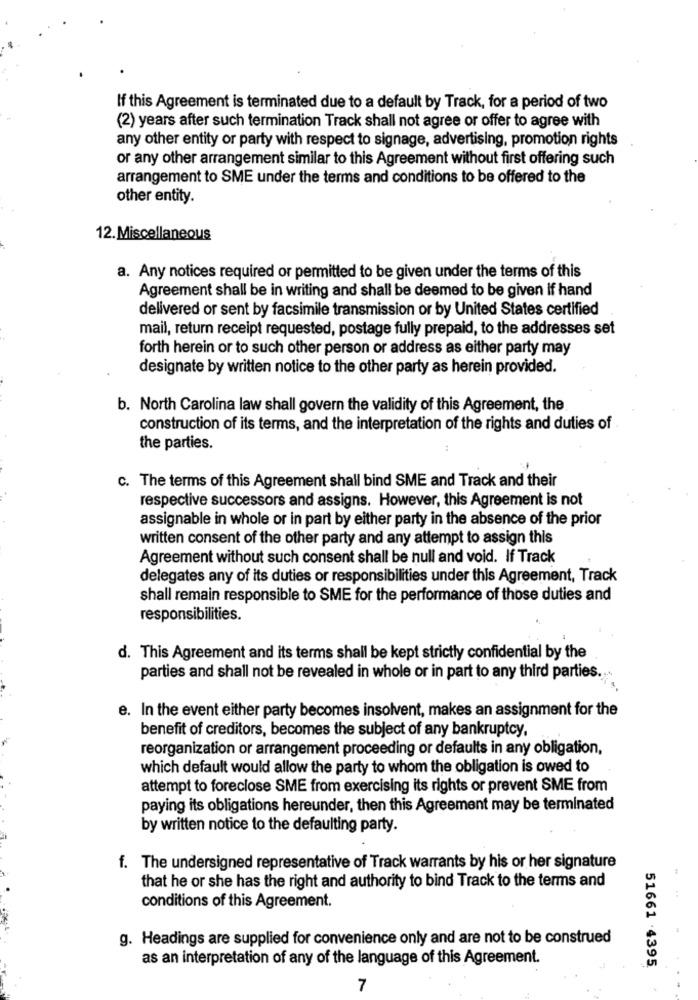
If this Agreement is terminated due to a default by Track, for a period of two
(2) years after such termination Track shall not agree or offer to agree with
any other entity or party with respect to signage, advertising, promotion rights
or any other arrangement similar to this Agreement without first offering such
arrangement to SME under the terms and conditions to be offered to the
other entity.
12. Miscellaneous
a. Any notices required or permitted to be given under the terms of this
Agreement shall be in writing and shall be deemed to be given if hand
delivered or sent by facsimile transmission or by United States certified
mail, return receipt requested, postage fully prepaid, to the addresses set
forth herein or to such other person or address as either party may
designate by written notice to the other party as herein provided.
b. North Carolina law shall govern the validity of this Agreement, the
construction of its terms, and the interpretation of the rights and duties of
the parties.
c. The terms of this Agreement shall bind SME and Track and their
respective successors and assigns. However, this Agreement is not
assignable in whole or in part by either party in the absence of the prior
written consent of the other party and any attempt to assign this
Agreement without such consent shall be null and void. If Track
delegates any of its duties or responsibilities under this Agreement, Track
shall remain responsible to SME for the performance of those duties and
responsibilities.
d. This Agreement and its terms shall be kept strictly confidential by the
parties and shall not be revealed in whole or in part to any third parties.
e. In the event either party becomes insolvent, makes an assignment for the
benefit of creditors, becomes the subject of any bankruptcy,
reorganization or arrangement proceeding or defaults in any obligation,
which default would allow the party to whom the obligation is owed to
attempt to foreclose SME from exercising its rights or prevent SME from
paying its obligations hereunder, then this Agreement may be terminated
by written notice to the defaulting party.
f. The undersigned representative of Track warrants by his or her signature
that he or she has the right and authority to bind Track to the terms and
conditions of this Agreement.
g. Headings are supplied for convenience only and are not to be construed
as an interpretation of any of the language of this Agreement.
51661 .4395
7